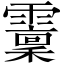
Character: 𩆐